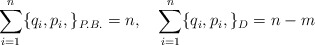
\begin{align*}\sum_{i =1}^{n}\{q_i, p_i, \}_{P.B.} = n, \quad\sum_{i =1}^{n}\{q_i, p_i, \}_{D}= {n-m}\end{align*}